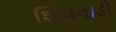
શિવવાડી